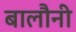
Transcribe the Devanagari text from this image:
बालौनी